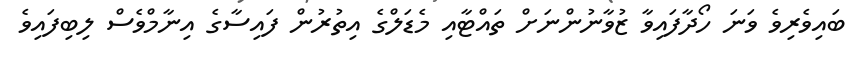
ބައިވެރިވެ ވަނަ ހޯދާފައިވާ ޒުވާނުންނަށް ތައްޓާއި މެޑަލްގެ އިތުރުން ފައިސާގެ އިނާމްވެސް ލިބިފައިވެ